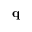
\mathbf { q }